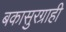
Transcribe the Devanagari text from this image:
बकासुरग्राही